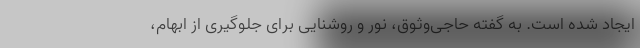
ایجاد شده است. به گفته حاجی‌وثوق، نور و روشنایی برای جلوگیری از ابهام،